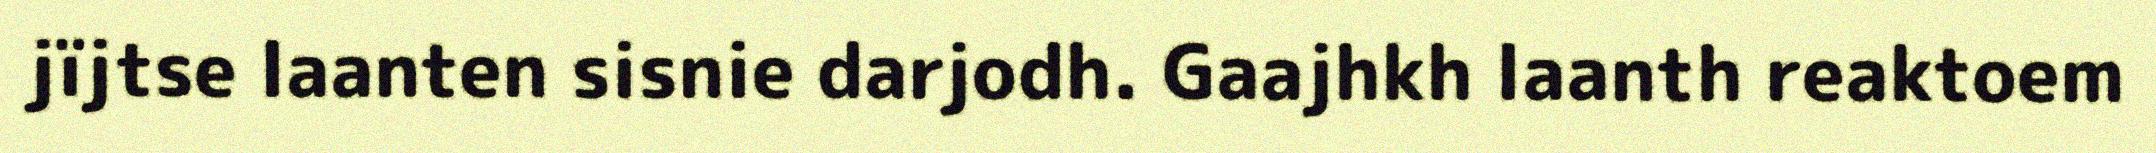
jïjtse laanten sisnie darjodh. Gaajhkh laanth reaktoem